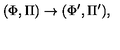
( \Phi , \Pi ) \rightarrow ( \Phi ^ { \prime } , \Pi ^ { \prime } ) ,